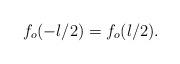
LaTeX: \begin{align*} f_o(-l/2)=f_o(l/2).\end{align*}